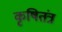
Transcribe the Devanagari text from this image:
कृषितंत्र